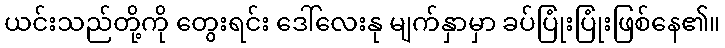
ယင်းသည်တို့ကို တွေးရင်း ဒေါ်လေးနု မျက်နှာမှာ ခပ်ပြုံးပြုံးဖြစ်နေ၏။